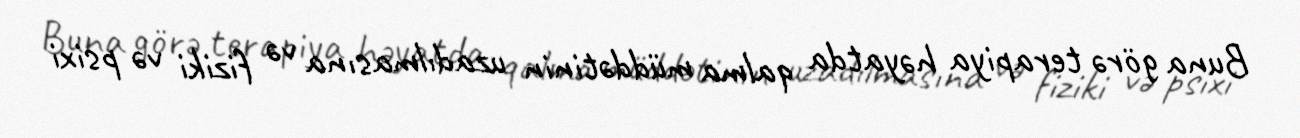
Buna görə terapiya həyatda qalma müddətinin uzadılmasına və fiziki və psixi